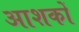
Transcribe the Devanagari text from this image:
आशकों